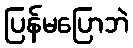
ပြန်မပြောဘဲ